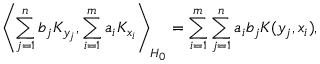
\left\langle \sum _ { j = 1 } ^ { n } b _ { j } K _ { y _ { j } } , \sum _ { i = 1 } ^ { m } a _ { i } K _ { x _ { i } } \right\rangle _ { H _ { 0 } } = \sum _ { i = 1 } ^ { m } \sum _ { j = 1 } ^ { n } { a _ { i } } b _ { j } K ( y _ { j } , x _ { i } ) ,